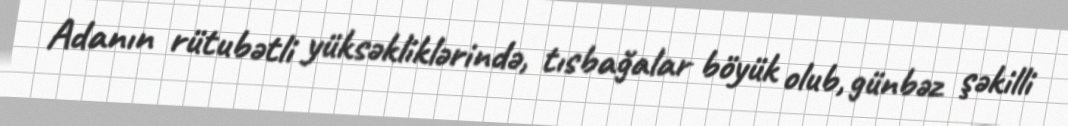
Adanın rütubətli yüksəkliklərində, tısbağalar böyük olub, günbəz şəkilli